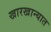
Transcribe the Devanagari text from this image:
खारखान्यात